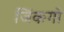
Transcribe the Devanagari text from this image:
जिंकगो